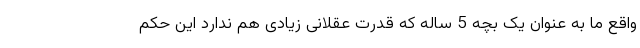
واقع ما به عنوان یک بچه 5 ساله که قدرت عقلانی زیادی هم ندارد این حکم